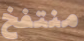
منتفخ